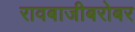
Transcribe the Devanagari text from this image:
रावबाजीबरोबर